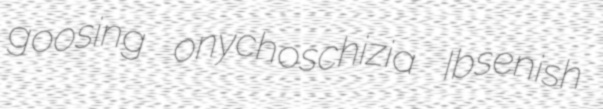
goosing onychoschizia Ibsenish